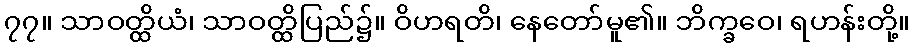
၇၇။ သာဝတ္ထိယံ၊ သာဝတ္ထိပြည်၌။ ဝိဟရတိ၊ နေတော်မူ၏။ ဘိက္ခဝေ၊ ရဟန်းတို့။